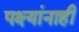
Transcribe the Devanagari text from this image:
पक्ष्यांनाही